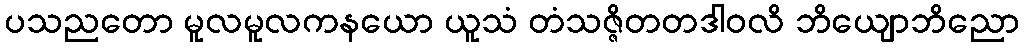
ပသညတော မူလမူလကနယော ယူသံ တံသဇ္ဇိတတဒါဝလိ ဘိယျောဘိညော